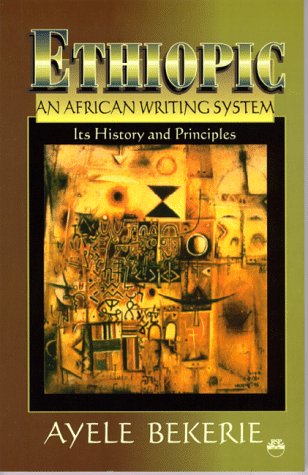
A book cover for Ethiopic an African Writing System: Its History and Principles; Ayele Bekerie Ayele Bekerie; History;